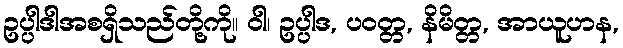
ဥပ္ပါဒါအစရှိသည်တို့ကို။ ဝါ၊ ဥပ္ပါဒ, ပဝတ္တ, နိမိတ္တ, အာယူဟန,